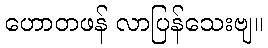
ဟောတဖန် လာပြန်သေးဗျ။